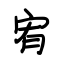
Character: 宥